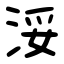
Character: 浽